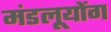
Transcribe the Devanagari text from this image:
मंडलूयोंग